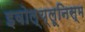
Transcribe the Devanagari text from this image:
इवोल्य्लूनिस्म